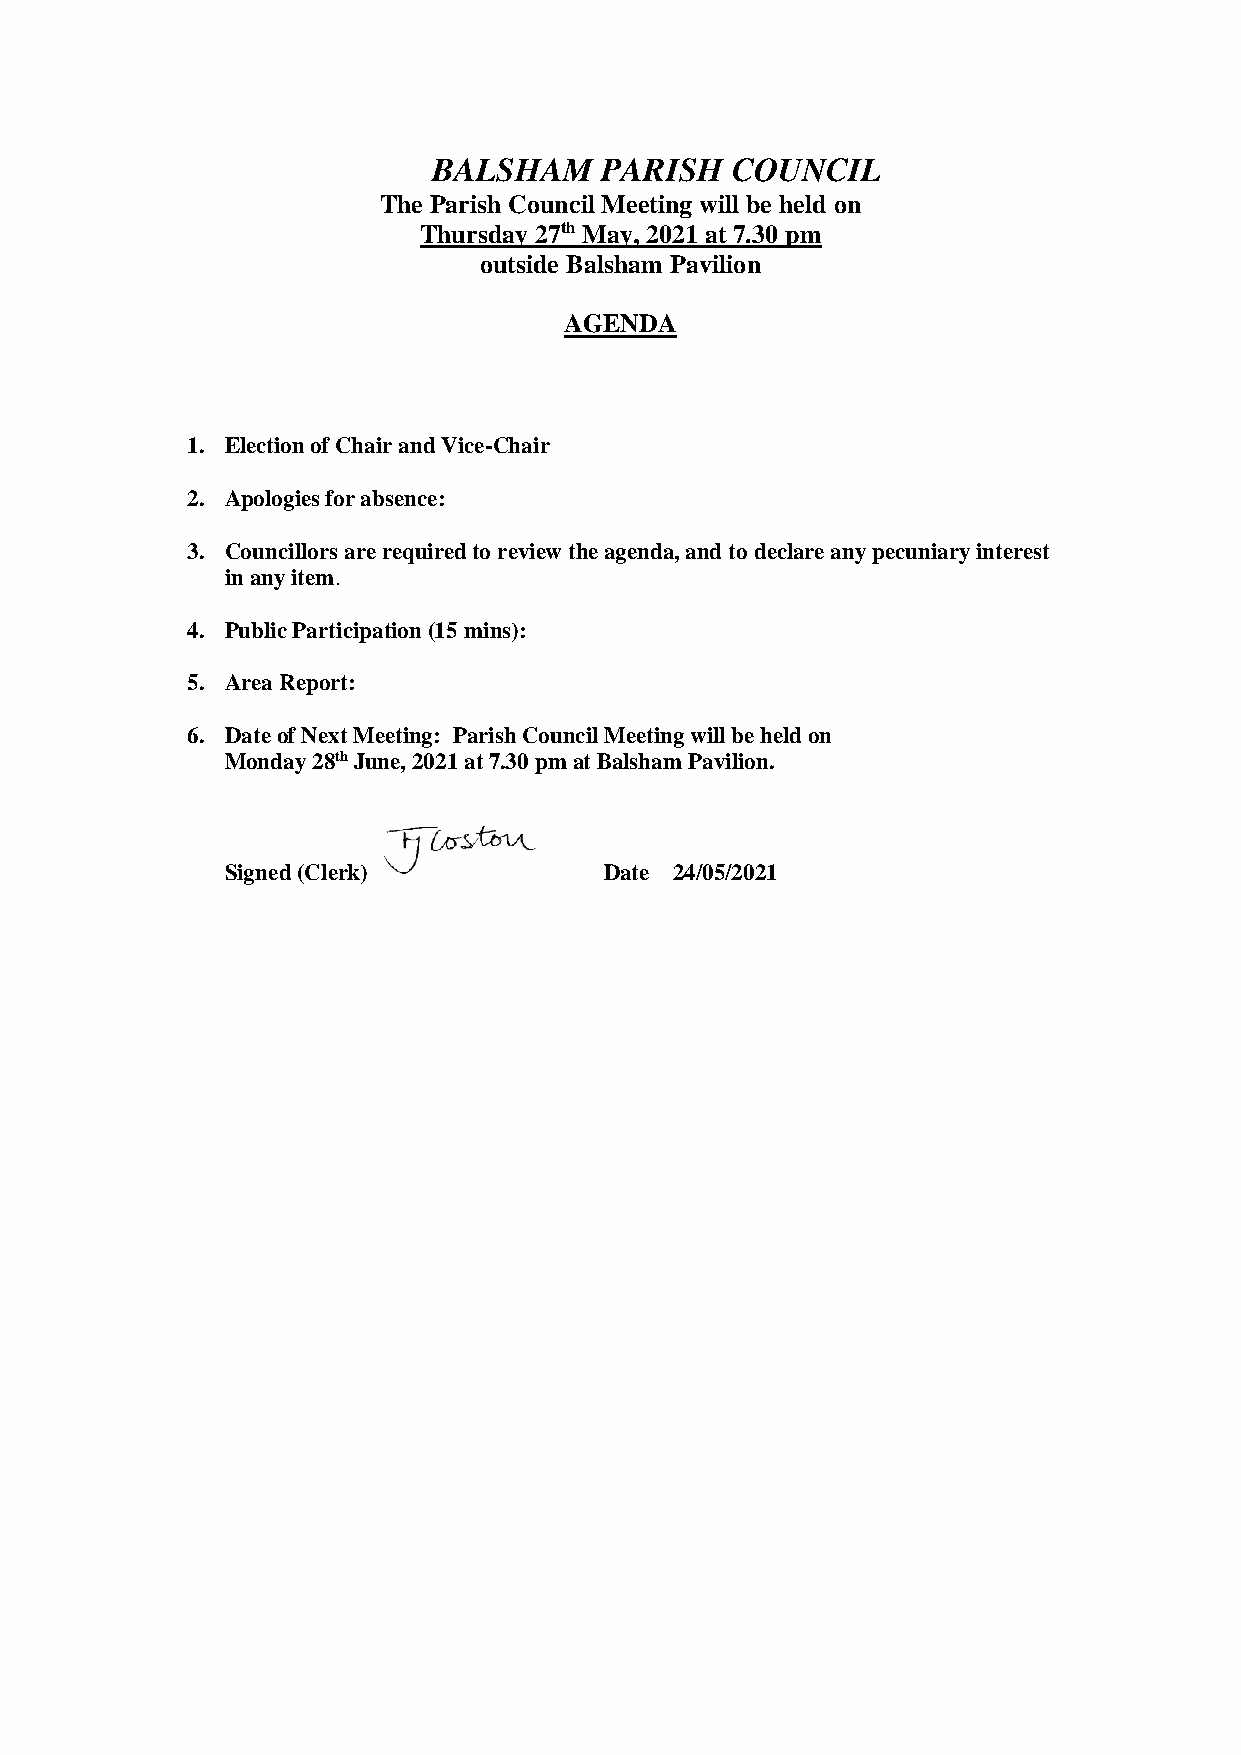
BALSHAM    PARISH  COUNCIL
 The Parish Council Meeting will be held on
 Thursday 27th May, 2021 at 7.30 pm
 outside Balsham Pavilion
 AGENDA
 1. Election of Chair and Vice-Chair
 2. Apologies for absence:
 3. Councillors are required to review the agenda, and to declare any pecuniary interest
 in any item.
 4. Public Participation (15 mins):
 5. Area Report:
 6. Date of Next Meeting: Parish Council Meeting will be held on
 Monday 28th June, 2021 at 7.30 pm at Balsham Pavilion.
 Signed (Clerk)           Date 24/05/2021